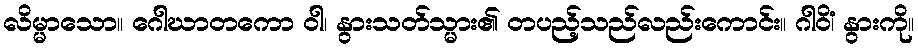
လိမ္မာသော။ ဂေါဃာတကော ဝါ၊ နွားသတ်သ္မား၏ တပည့်သည်လည်းကောင်း။ ဂါဝိံ၊ နွားကို။